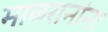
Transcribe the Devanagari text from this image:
माळरानांना